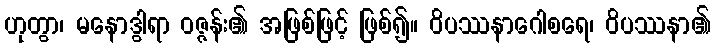
ဟုတွာ၊ မနောဒွါရာ ဝဇ္ဇန်း၏ အဖြစ်ဖြင့် ဖြစ်၍။ ဝိပဿနာဂေါစရေ၊ ဝိပဿနာ၏